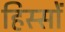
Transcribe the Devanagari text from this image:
हिस्‍सों